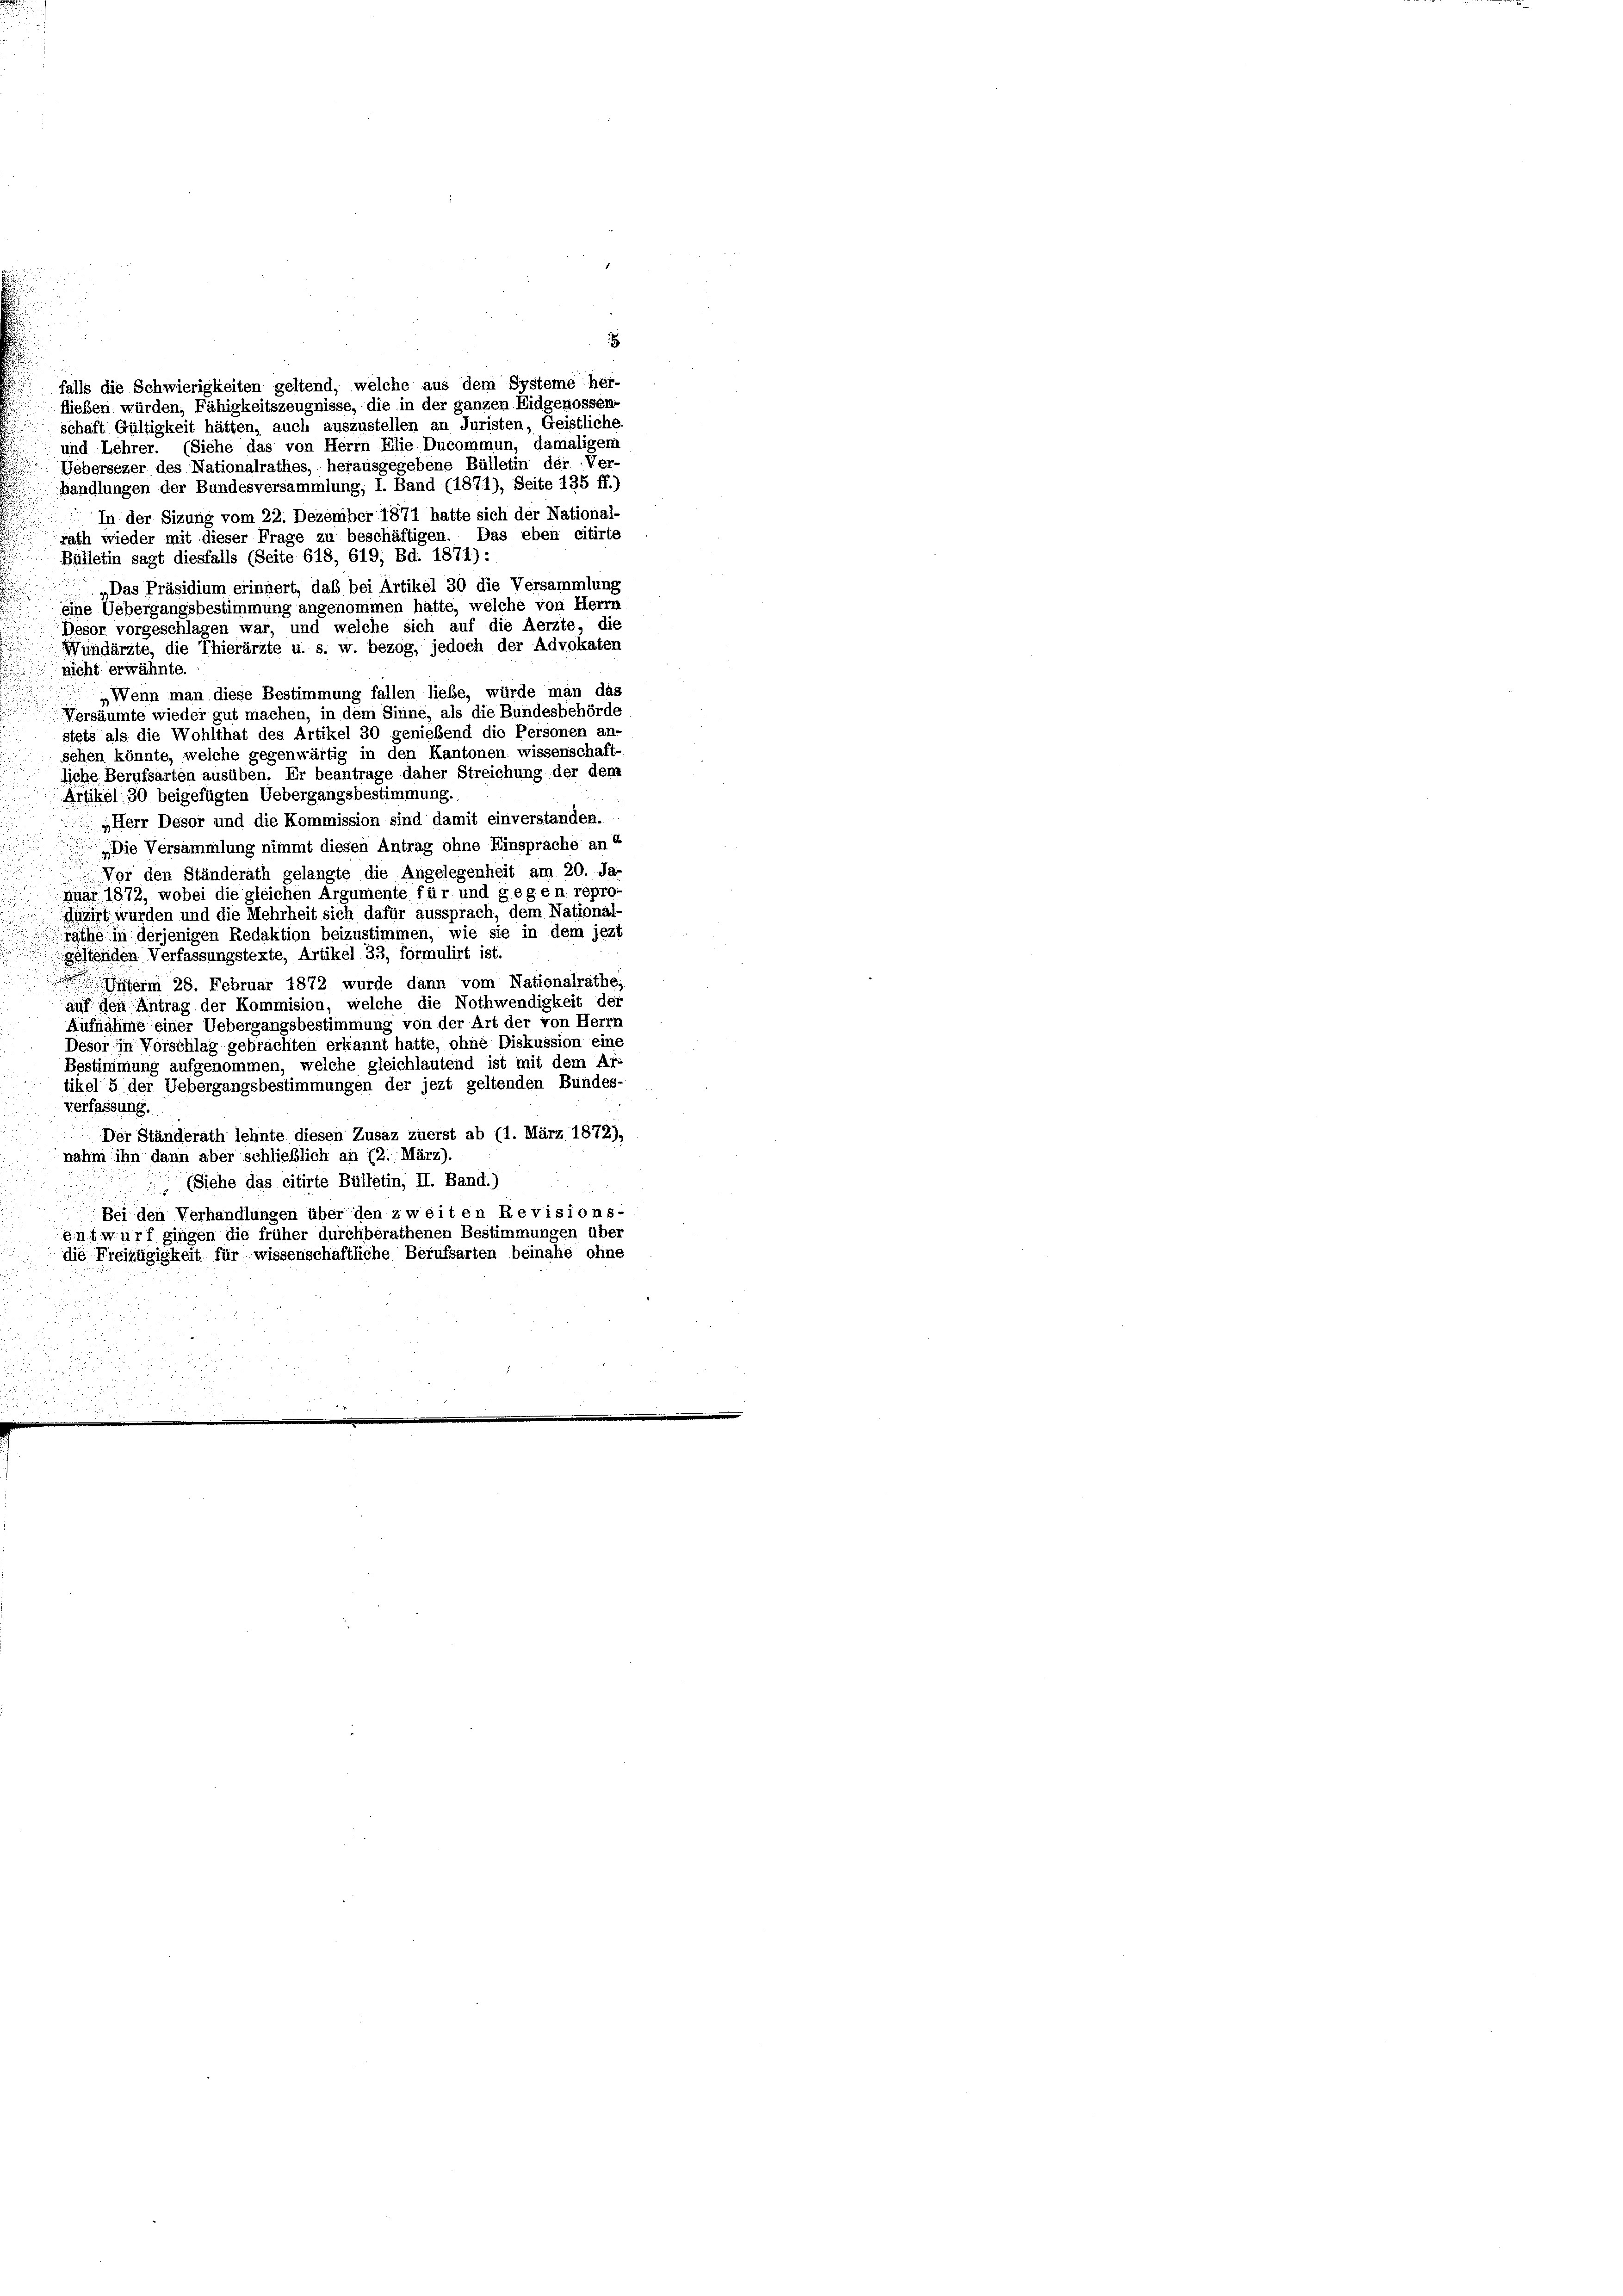
fließen würden, Fähigkeitszeugnisse, die in der ganzen Eidgenossen-
schaft Gültigkeit hätten, auch auszustellen an Juristen, Geistliche
und Lehrer. (Siehe das von Herrn Elie Ducommun, damaligem
Uebersezer des Nationalrathes, herausgegebene Bülletin der Ver-
handlungen der Bundesversammlung; I. Band (1871), Seite 135 ff.)
In der Sizung vom 22. Dezember 1871 hatte sich der National-
rath wieder mit dieser Frage zu beschäftigen. Das eben citirte
Bülletin sagt diesfalls (Seite 618, 619, Bd. 1871):
„Das Präsidium erinnert, daß bei Artikel 30 die Versammlung
eine Uebergangsbestimmung angenommen hatte, welche von Herrn
Desor vorgeschlagen war, und welche sich auf die Aerzte, die
Wundärzte, die Thierärzte u. s. w. bezog, jedoch der Advokaten
nicht erwähnte.
„Wenn man diese Bestimmung fallen liebe, würde man das
Versäumte wieder gut machen, in dem Sinne, als die Bundesbehörde
stets als die Wohlthat des Artikel 30 genießend die Personen an-
sehen könnte, welche gegenwärtig in den Kantonen wissenschaft-
liche Berufsarten ausüben. Er beantrage daher Streichung der dem
Artikel 30 beigefügten Uebergangsbestimmung.
„Herr Desor und die Kommission sind damit einverstanden.
Die Versammlung nimmt diesen Antrag ohne Einsprache an d
Vor den Ständerath gelangte die Angelegenheit am 20. Ja-
nuar 1872, wobei die gleichen Argumente für und gegen repro-
Mizirt wurden und die Mehrheit sich dafür aussprach, dem National-
rathe in derjenigen Redaktion beizustimmen, wie sie in dem jezt
geltenden Verfassungstexte, Artikel 33, formulirt ist.
erm 28. Februar 1872 wurde dann vom Nationalrathe,
auf den Antrag der Kommision, welche die Nothwendigkeit der
Aufnahme einer Uebergangsbestimmung von der Art der von Herrn
Desor in Vorschlag gebrachten erkannt hatte, ohne Diskussion eine
Bestimmung aufgenommen, welche gleichlautend ist mit dem Ar-
tikel 5 der Uebergangsbestimmungen der jezt geltenden Bundes-
verfassung.
Der Ständerath lehnte diesen Zusaz zuerst ab (1. März 1872),
nahm ihn dann aber schließlich an (2. März).
 (Siehe das citirte Bülletin, II. Band.)
u
Bei den Verhandlungen über den zweiten Revisions-
entwurf gingen die früher durchberathenen Bestimmungen über
die Freizügigkeit für wissenschaftliche Berufsarten beinahe ohne
.

falls die Schwierigkeiten geltend, welche aus dem Systeme her-